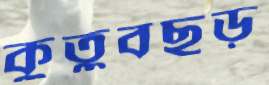
কুতুবছড়